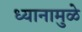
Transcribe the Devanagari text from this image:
ध्यानामुळे